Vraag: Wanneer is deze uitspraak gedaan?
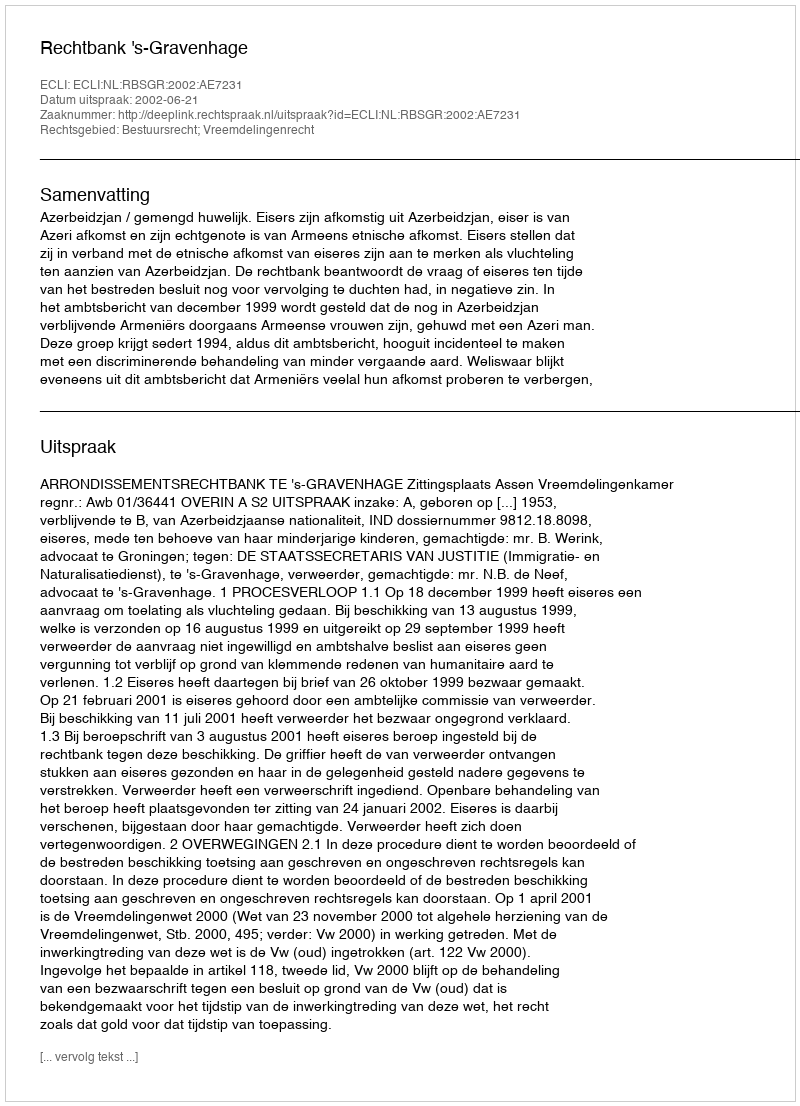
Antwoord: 2002-06-21